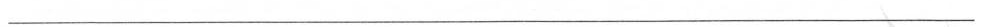
___